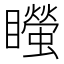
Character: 𥌴